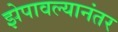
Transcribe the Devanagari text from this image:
झेपावल्यानंतर